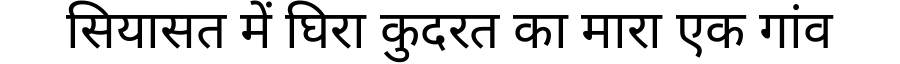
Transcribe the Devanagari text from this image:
सियासत में घिरा कुदरत का मारा एक गांव